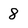
Character: 8